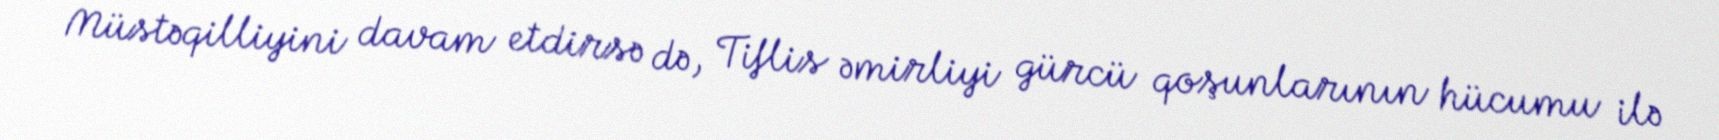
Müstəqilliyini davam etdirsə də, Tiflis əmirliyi gürcü qoşunlarının hücumu ilə